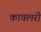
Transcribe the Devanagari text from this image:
कावलरी